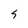
Character: S